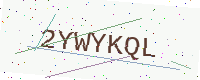
Text: 2YWYKQL